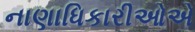
નાણાધિકારીઓએ